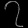
Digit: ၇